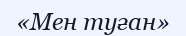
«Мен туған»